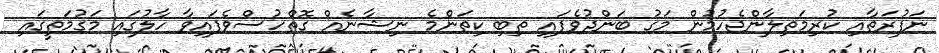
ނަފުރަތާއި ކުރިމަތިލާންޖެހުމުން މަގު ބަންދުވެފައި ތިބި ކިތަންމެ ނިޝާނެއް ގޮތްހުސްވެފައިވާ ހާލުގައި މަގުމަތީގައި